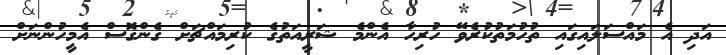
އަދި އެ މައްސަލައިގައި ތުހުމަތުކުރެވޭ ހުރިހާ އެންމެ ޝަރީއަތުގެ ކުރިމައްޗަށް ގެންގޮސް އެމީހުންނަށް